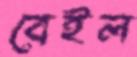
বেইল